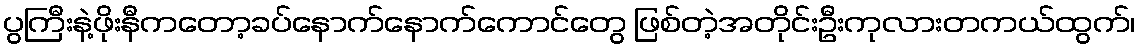
ပွကြီးနဲ့ဖိုးနီကတော့ခပ်နောက်နောက်ကောင်တွေ ဖြစ်တဲ့အတိုင်းဦးကုလားတကယ်ထွက်၊